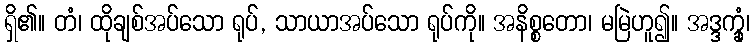
ရှိ၏။ တံ၊ ထိုချစ်အပ်သော ရုပ်, သာယာအပ်သော ရုပ်ကို။ အနိစ္စတော၊ မမြဲဟူ၍။ အဒ္ဒက္ခုံ၊